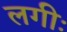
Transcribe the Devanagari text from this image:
लगीः